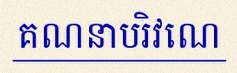
គណនាបរិវេណ